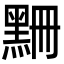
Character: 𪑃